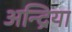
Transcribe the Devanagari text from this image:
अन्द्रिया